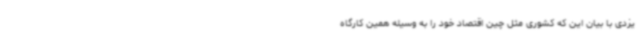
یزدی با بیان این‌ که کشوری مثل چین اقتصاد خود را به وسیله همین کارگاه